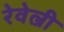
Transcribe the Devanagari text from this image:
रेवेल्री